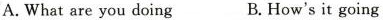
A. What are you doing B. How's it going